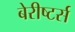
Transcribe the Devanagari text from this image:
बेरीष्टर्स